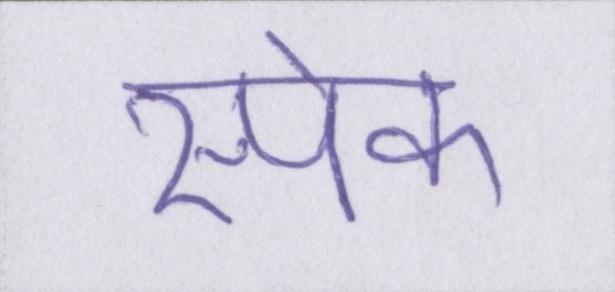
स्पेक